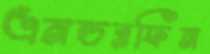
এনডরফিন